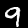
Label: 9